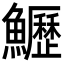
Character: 𩽏